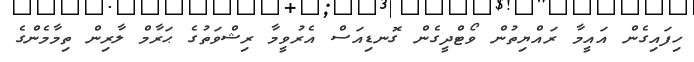
ހިފައިގެން އައީމާ ރައްޔިތުން ވޯޓްދީގެން ގޮނޑިއަސް އެރުވީމާ ރިޝްވަތުގެ ޙަރާމް ލާރިން ތިމާމެންގެ